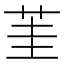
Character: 茥